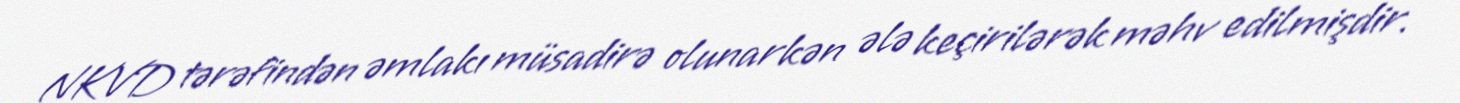
NKVD tərəfindən əmlakı müsadirə olunarkən ələ keçirilərək məhv edilmişdir.